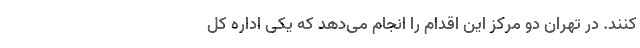
کنند. در تهران دو مرکز این اقدام را انجام می‌دهد که یکی اداره کل